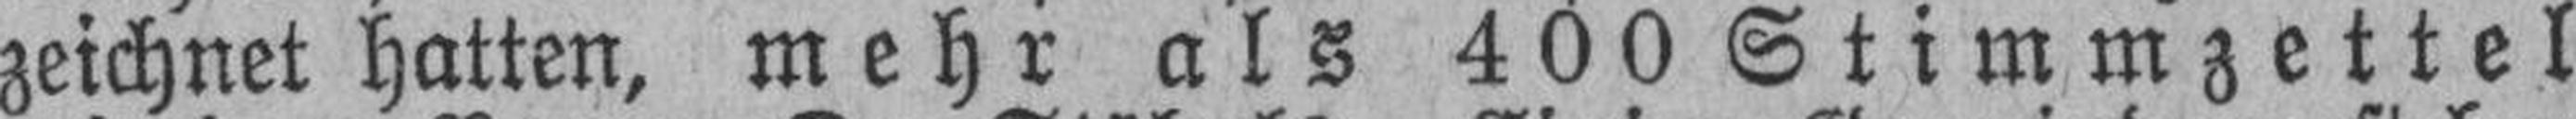
zeichnet hatten, mehr als 400 Stimmzettel